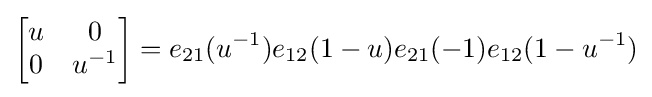
{\begin{bmatrix}u&0\\0&u^{-1}\end{bmatrix}}=e_{21}(u^{-1})e_{12}(1-u)e_{21}(-1)e_{12}(1-u^{-1})